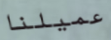
عميلنا